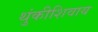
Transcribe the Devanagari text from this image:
थुंकीशिवाय